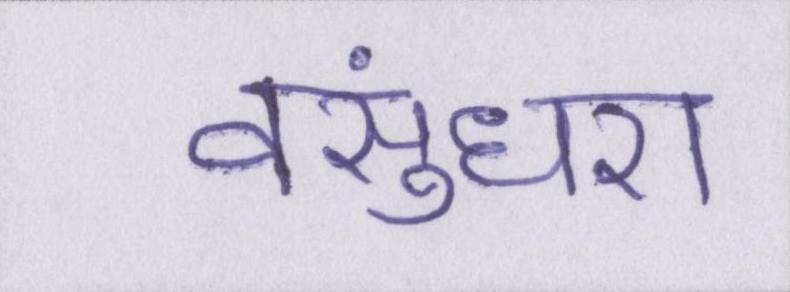
वसुंधरा